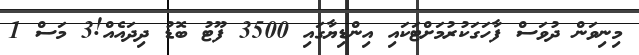
މިނިވަން ދުވަސް ފާހަގަކުރުމަށްޓަކައި އިންޑިޔާގައި 3500 ފޫޓު ބޮޑު ދިދައެއް!3 މަސް 1